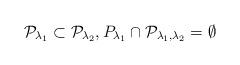
LaTeX: \begin{align*}{\cal P}_{\lambda_1}\subset {\cal P}_{\lambda_2}, P_{\lambda_1} \cap {\cal P}_{\lambda_1, \lambda_2}=\emptyset\end{align*}